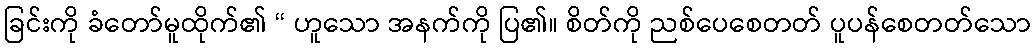
ခြင်းကို ခံတော်မူထိုက်၏ “ ဟူသော အနက်ကို ပြ၏။ စိတ်ကို ညစ်ပေစေတတ် ပူပန်စေတတ်သော